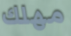
مهلك